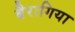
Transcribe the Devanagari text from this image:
बैरागिया